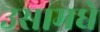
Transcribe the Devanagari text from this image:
उसामधे